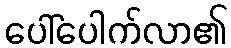
ပေါ်ပေါက်လာ၏